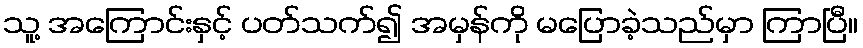
သူ့ အကြောင်းနှင့် ပတ်သက်၍ အမှန်ကို မပြောခဲ့သည်မှာ ကြာပြီ။